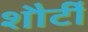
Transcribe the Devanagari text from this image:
शौर्टी